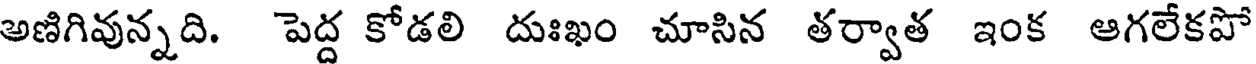
అణిగివున్నది. పెద్ద కోడలి దుఃఖం చూసిన తర్వాత ఇంక ఆగలేకపో